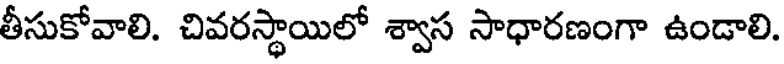
తీసుకోవాలి. చివరస్థాయిలో శ్వాస సాధారణంగా ఉండాలి.